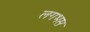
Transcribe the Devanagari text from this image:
लगभस